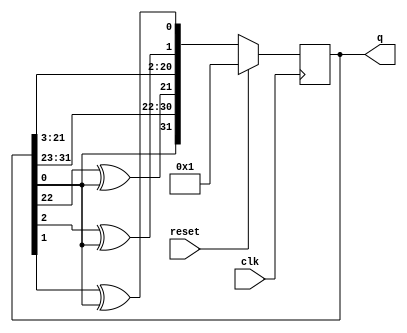
module top_module(
    input clk,
    input reset,    // Active-high synchronous reset to 32'h1
    output [31:0] q
); 
    reg [31:0] q_next;

	always @(*) begin
        q_next = q[31:1];	// Shift all the bits. This is incorrect for q_next[4] and q_next[2]
        q_next[31] = q[0];	// Give q_next[4] and q_next[2] their correct assignments
        q_next[21] = q[22] ^ q[0];
        q_next[1] = q[2] ^ q[0];
        q_next[0] = q[1] ^ q[0];
	end
    
    always @(posedge clk) begin
        if (reset)
            q <= 32'h1;
        else
            q <= q_next;
    end
    

endmodule